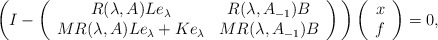
\begin{align*} \bigg(I-\left( \begin{array}{cc} R(\lambda,A)L e_\lambda & R(\lambda,A_{-1})B \\ MR(\lambda,A)L e_\lambda+Ke_\lambda & MR(\lambda,A_{-1})B\\ \end{array} \right)\bigg) \left( \begin{array}{c} x \\ f \\ \end{array} \right)=0,\end{align*}